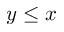
y \leq x